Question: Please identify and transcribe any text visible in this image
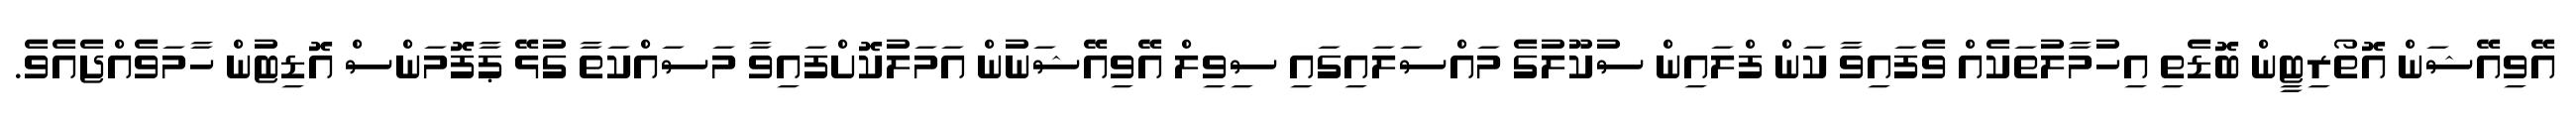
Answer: އޭވިއޭޝަން އޮތޯރިޓީން ބޮޑެތި އިހުމާލުތަކެއް ވެފައިވާ ކަން ފްލައިން ސުކޫލުގެ މައްސަލައިގައި ސިވިލް އޭވިއޭޝަނުން އަމަލުކޮށްފައިވާ މަސައްކަތާ ގުޅޭ ޕާފޮމަންސް އޮޑިޓުން ހާމަވެއްޖެއެވެ.